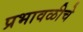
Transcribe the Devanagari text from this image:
प्रभावळीचे